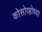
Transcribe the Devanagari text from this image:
कोसोव्होच्या